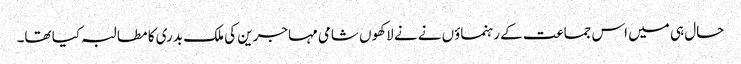
حال ہی میں اس جماعت کے رہنماؤں نے نے لاکھوں شامی مہاجرین کی ملک بدری کا مطالبہ کیا تھا۔